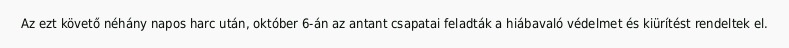
Az ezt követő néhány napos harc után, október 6-án az antant csapatai feladták a hiábavaló védelmet és kiürítést rendeltek el.